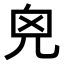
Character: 𠒆